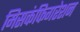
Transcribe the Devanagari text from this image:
मिसकंफिगरेशन